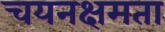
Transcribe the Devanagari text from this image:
चयनक्षमता